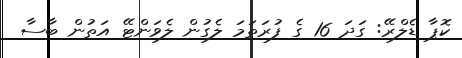
ކޮޕާ ޑެލްރޭ: ގަދަ 16 ގެ ފުރަތަމަ ލެގުން ލެވަންޓޭ އަތުން ބާސާ